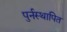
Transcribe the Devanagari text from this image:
पुर्नस्‍थापित